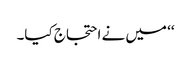
‘‘ میں نے احتجاج کیا۔